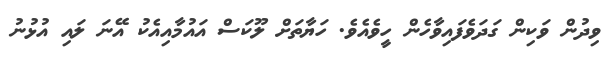
ވިދުން ވަކިން ގަދަވެފައިވާހެން ހީވެއެވެ. ހަޔާތަށް ލޫކަސް އައުމާއިއެކު އޭނަ ލައި އުޅުނު